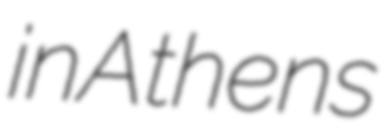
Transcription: in Athens